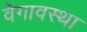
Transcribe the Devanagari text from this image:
वेगावस्था